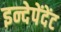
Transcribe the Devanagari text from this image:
इन्देपेंदेंट